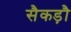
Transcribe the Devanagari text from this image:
सैकड़ौ